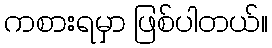
ကစားရမှာ ဖြစ်ပါတယ်။